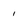
Character: 1